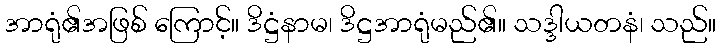
အာရုံ၏အဖြစ် ကြောင့်။ ဒိဋ္ဌံနာမ၊ ဒိဋ္ဌအာရုံမည်၏။ သဒ္ဒါယတနံ၊ သည်။